Leaving Certificate Examination (including Day School Certificate (Higher) General paper), 1930
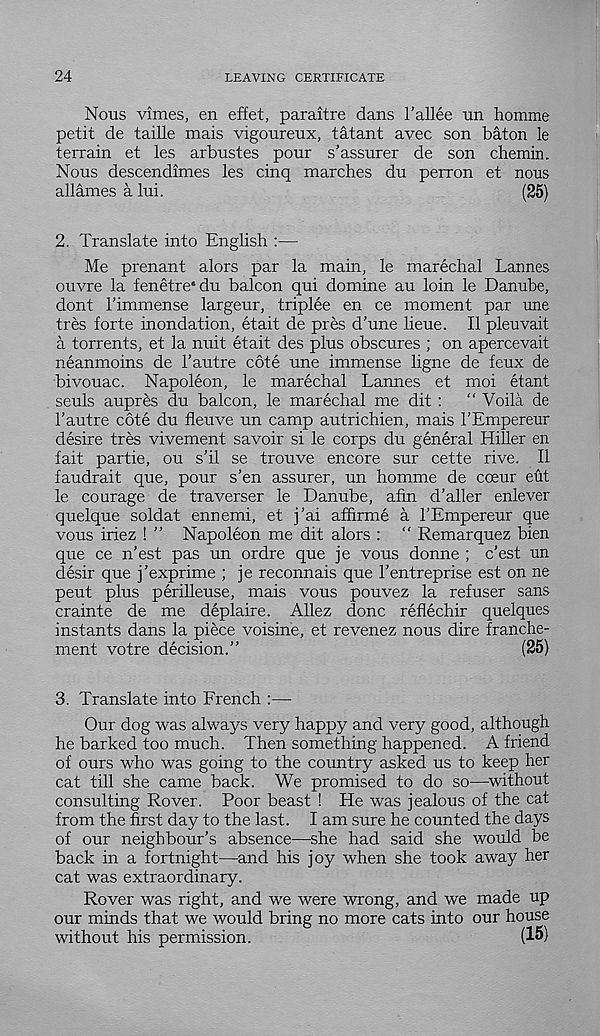
24
LEAVING CERTIFICATE
Nous vimes, en effet, paraitre dans 1’allee un homme
petit de taille mais vigoureux, tatant avec son baton le
terrain et les arbustes pour s’assurer de son chemin.
Nous descendimes les cinq marches du perron et nous
allames a lui.
(25)
2. Translate into English :—
Me prenant alors par la main, le marechal Lannes
ouvre la fenetre*du balcon qui domine au loin le Danube,
dont I’immense largeur, triplee en ce moment par une
tres forte inondation, etait de pres d’une lieue. II pleuvait
a torrents, et la nuit etait des plus obscures ; on apercevait
neanmoins de 1’autre cote une immense ligne de feux de
bivouac. Napoleon, le marechal Lannes et moi etant
seuls aupres du balcon, le marechal me dit : “ Voila de
1’autre cote du fleuve un camp autrichien, mais I’Empereur
desire tres vivement savoir si le corps du general Hiller en
fait partie, ou s’il se trouve encore sur cette rive. II
faudrait que, pour s’en assurer, un homme de cceur eut
le courage de traverser le Danube, afin d’aller enlever
quelque soldat ennemi, et j’ai affirme a I’Empereur que
vous iriez ! ” Napoleon me dit alors : “ Remarquez bien
que ce n’est pas un ordre que je vous donne ; c’est un
desir que j’exprime ; je reconnais que 1’entreprise est on ne
pent plus perilleuse, mais vous pouvez la refuser sans
crainte de me deplaire. Allez done reflechir quelques
instants dans la piece voisine, et revenez nous dire franche-
ment votre decision.”
(25)
3. Translate into French :—
Our dog was always very happy and very good, although
he barked too much. Then something happened. A friend
of ours who was going to the country asked us to keep her
cat till she came back. We promised to do so—without
consulting Rover. Poor beast ! He was jealous of the cat
from the first day to the last. I am sure he counted the days
of our neighbour’s absence—she had said she would be
back in a fortnight—and his joy when she took away her
cat was extraordinary.
Rover was right, and we were wrong, and we made up
our minds that we would bring no more cats into our house
without his permission.
(15)